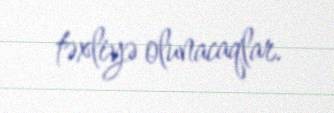
təxliyə olunacaqlar.